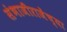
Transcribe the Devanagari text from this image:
संभाजीराजेंच्या